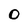
Character: 0